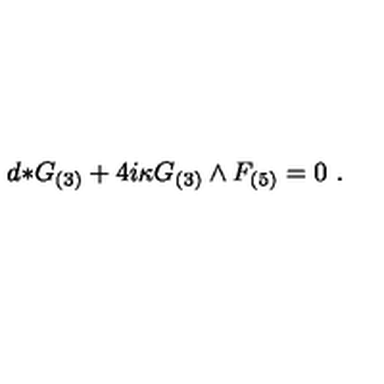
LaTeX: d { * } G _ { ( 3 ) } + 4 i \kappa G _ { ( 3 ) } \wedge F _ { ( 5 ) } = 0 \ .